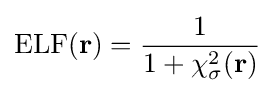
\mathrm {ELF} (\mathbf {r} )={\frac {1}{1+\chi _{\sigma }^{2}(\mathbf {r} )}}